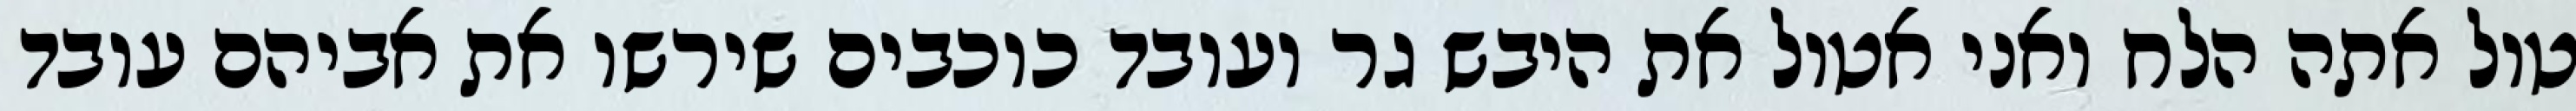
טול אתה הלח ואני אטול את היבש גר ועובד כוכבים שירשו את אביהם עובד